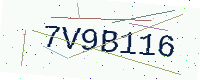
Text: 7V9B116